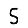
Digit: 5